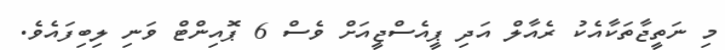
މި ނަތީޖާތަކާއެކު ރެއާލް އަދި ޕީއެސްޖީއަށް ވެސް 6 ޕޮއިންޓް ވަނި ލިިބިފައެވެ.